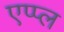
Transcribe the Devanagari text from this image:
एप्‍प्‍ल